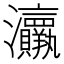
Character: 𱪟